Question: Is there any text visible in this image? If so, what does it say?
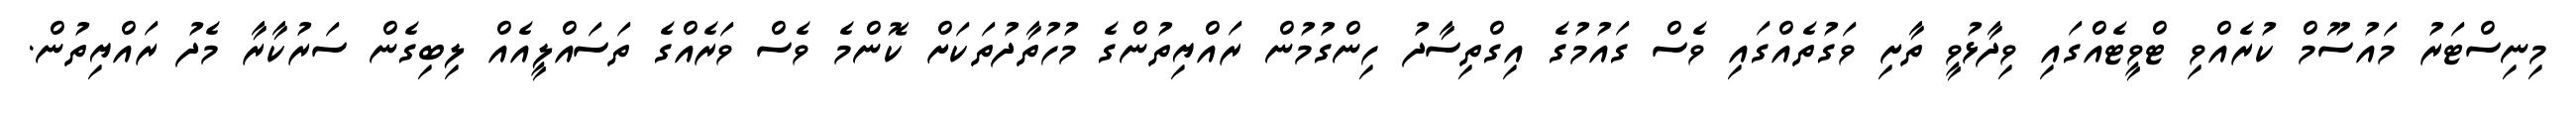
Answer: މިނިސްޓަރު މައުސޫމް ކުރެއްވި ޓްވީޓެއްގައި ވިދާޅުވީ ތާށި ވަގުތެއްގައި ވެސް ގައުމުގެ އިގްތިސާދު ހިންގުމުން ރައްޔިތުންގެ މުހުތާދުތަކަށް ކޮންމެ ވެސް ވަރެއްގެ ތަސައްލީއެއް ލިބިގެން ސަރުކާރާ މެދު ރައްޔިތުން.